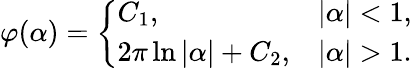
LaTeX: \varphi(\alpha)={\left\{ \begin{array}{ll}{C_{1},}&{|\alpha|<1,}\\ {2\pi\ln|\alpha|+C_{2},}&{|\alpha|>1.}\end{array}\right.}